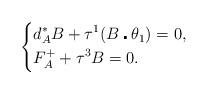
LaTeX: \begin{align*}\left\{\begin{aligned}&d_A^*B+\tau^1(B\centerdot\theta_1)=0,\\&F_A^++\tau^3B=0.\\\end{aligned}\right.\end{align*}